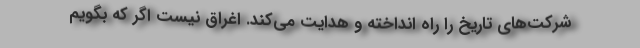
شرکت‌های تاریخ را راه انداخته و هدایت می‌کند. اغراق نیست اگر که بگویم